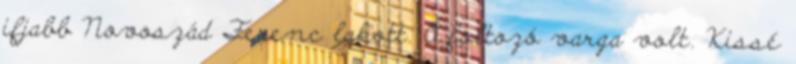
ifjabb Novoszád Ferenc lakott. Ő foltozó varga volt. Kissé